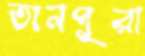
তানপুরা